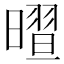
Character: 𣊏